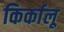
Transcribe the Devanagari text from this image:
किर्कालू